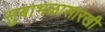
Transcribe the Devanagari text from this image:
सुबाभळासारखी